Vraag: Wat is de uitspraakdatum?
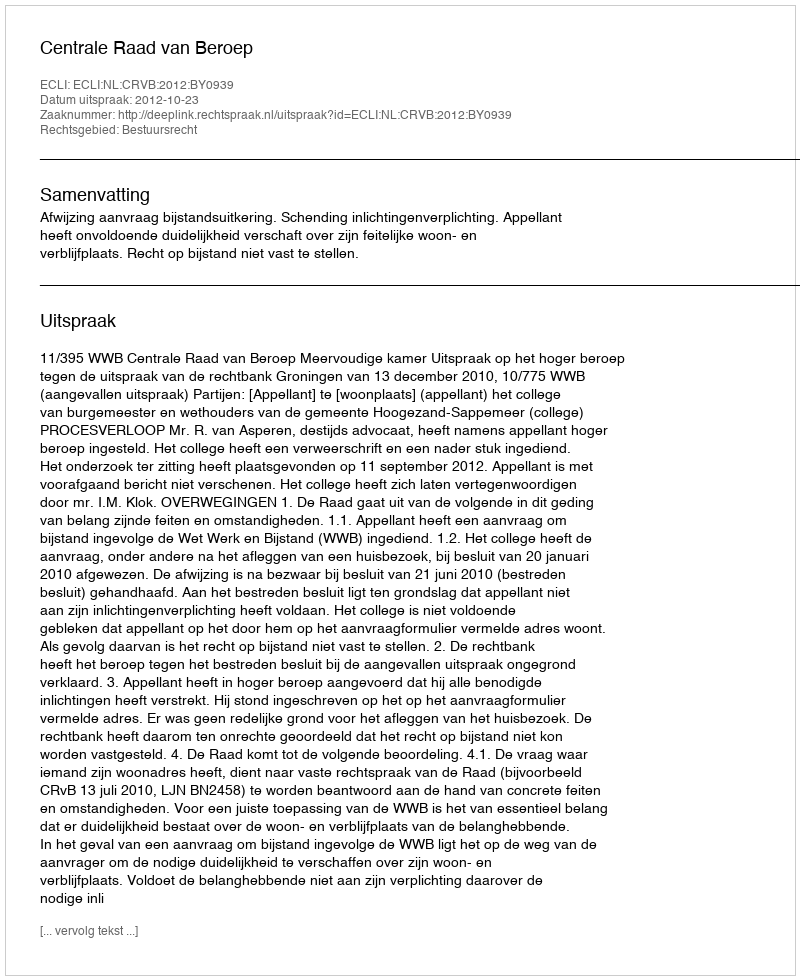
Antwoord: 2012-10-23